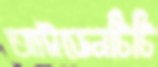
আইডেনটিটি